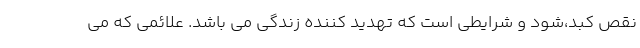
نقص کبد،شود و شرایطی است که تهدید کننده زندگی می باشد. علائمی که می